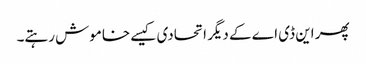
پھر این ڈی اے کے دیگر اتحادی کیسے خاموش رہتے۔